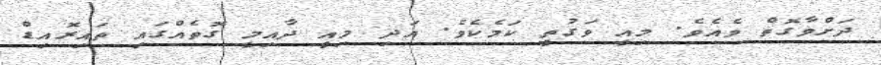
ދަށްވާގޮތް ވެއެވެ. މިއީ ވަގުތީ ކަމެކެވެ. އަދި މިއީ ދާއިމީ ގޮތެއްގައި ތައިރޮއިޑް